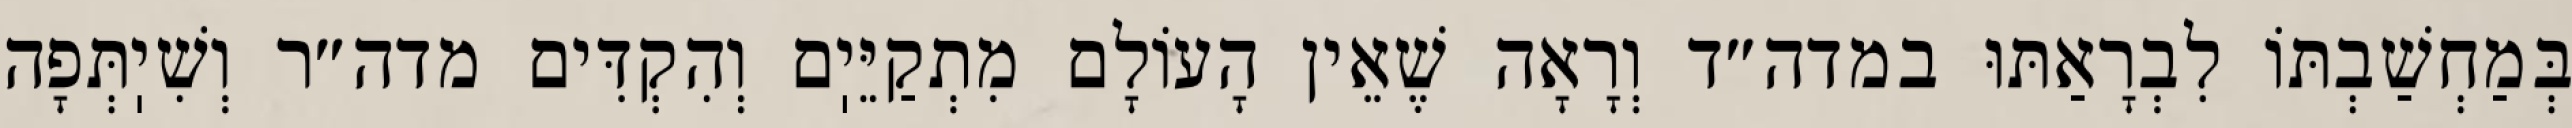
בְּמַחְשַׁבְתּוֹ לִבְרָאַתּוּ במדה״ד וְרָאָה שֶׁאֵין הָעוֹלָם מִתְקַיֵּיֽם וְהִקְדִּים מדה״ר וְשִׁיֽתְּפָה